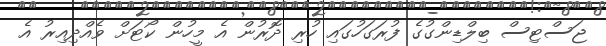
ޖަސްޓިސް ބިލްޑިންގުގެ ފުރަގަހުގައި ހުރި ދޮރުން އެ މީހުން ކޯޓަށް ވެއްދިއިރު އެ